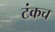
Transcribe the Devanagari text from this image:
टंकच